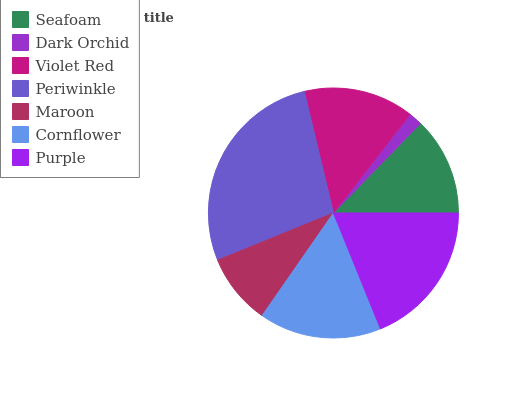
| Seafoam | Dark Orchid | Violet Red | Periwinkle | Maroon | Cornflower | Purple |
 | --- | --- | --- | --- | --- | --- | --- |
 | 12.7% | 1.77% | 14.2% | 27.4% | 9.18% | 15.8% | 18.9% |